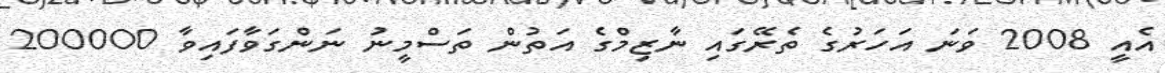
އެއީ 2008 ވަނަ އަހަރުގެ ތެރޭގައި ނާޒިމްގެ އަތުން ތަސްމީނު ނަންގަވާފައިވާ 200000